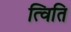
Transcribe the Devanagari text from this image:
त्विति